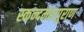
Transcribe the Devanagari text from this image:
स्कन्दमहापुराण